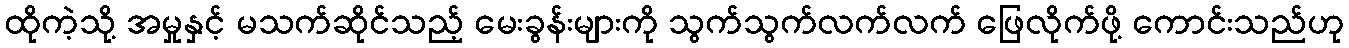
ထိုကဲ့သို့ အမှုနှင့် မသက်ဆိုင်သည့် မေးခွန်းများကို သွက်သွက်လက်လက် ဖြေလိုက်ဖို့ ကောင်းသည်ဟု